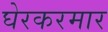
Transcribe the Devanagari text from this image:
घेरकरमार